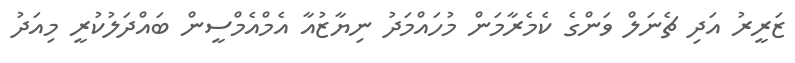
ޒަރީރު އަދި ޗެނަލް ވަންގެ ކެމެރާމަން މުހައްމަދު ނިޔާޒުއާ އެމްއެމްސީން ބައްދަލުކުރީ މިއަދު